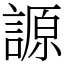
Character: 謜